Vaccination United Provinces of Agra and Oudh 1914-1922 - 1914-1922
Year: 1914
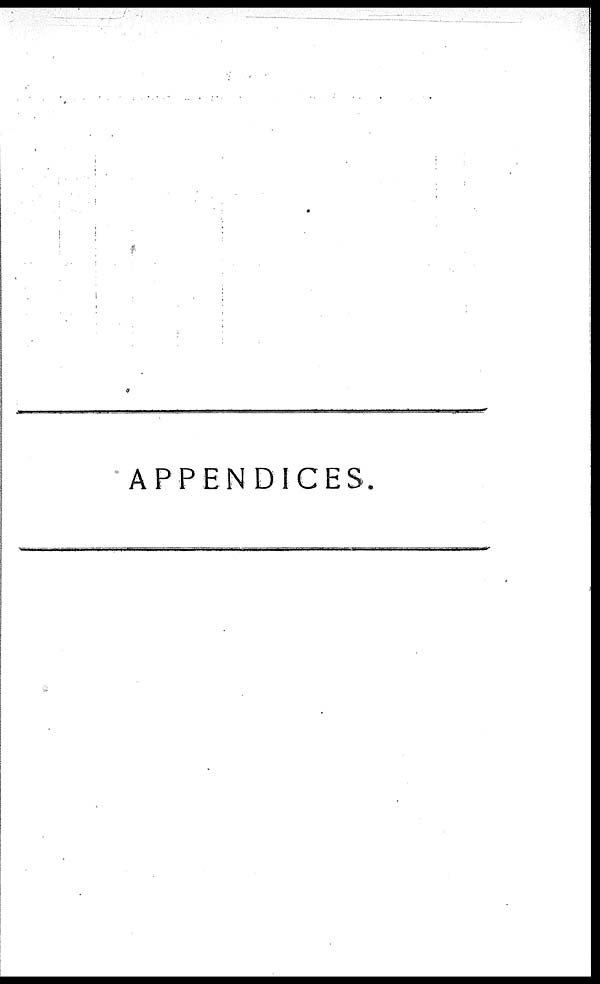
APPENDICES.